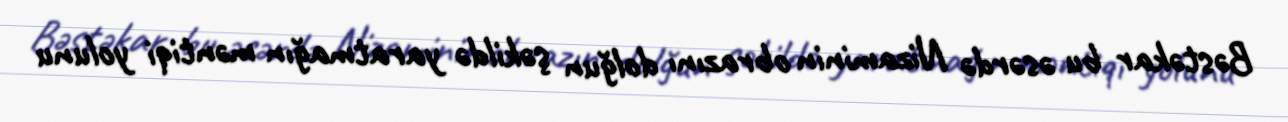
Bəstəkar bu əsərdə Nizaminin obrazını dolğun şəkildə yaratmağın məntiqi yolunu